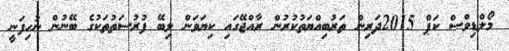
މޯލްޑިވްސް ކަޕް 2015ދަރިން ތަރުބިއްޔަތުކުރުން ރާއްޖޭގައި ކިޔަވަން ލިބޭ ފުރުސަތުތަކުގެ ބޭނުން ނުހިފަނީ